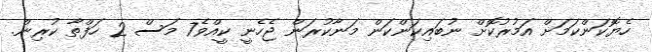
ހެޔޮކަންކަމަށް އަމުރުކޮށް ނުބައިކަންކަން މަނާކުރަން ޖެހެނީ ކީއްވެ7 މަސް 2 ހަފްތާ ކުރިން.